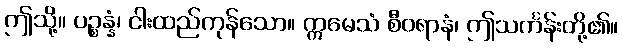
ဤသို့။ ပဉ္စန္နံ၊ ငါးထည်ကုန်သော။ ဣမေသံ စီဝရာနံ၊ ဤသင်္ကန်းတို့၏။